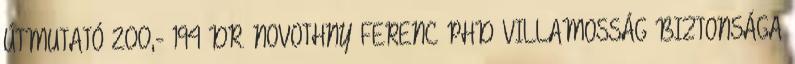
ÚTMUTATÓ 200,- 194 DR. NOVOTHNY FERENC PHD VILLAMOSSÁG BIZTONSÁGA